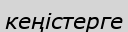
кеңістерге